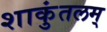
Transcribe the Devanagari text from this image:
शाकुंतलम्‌